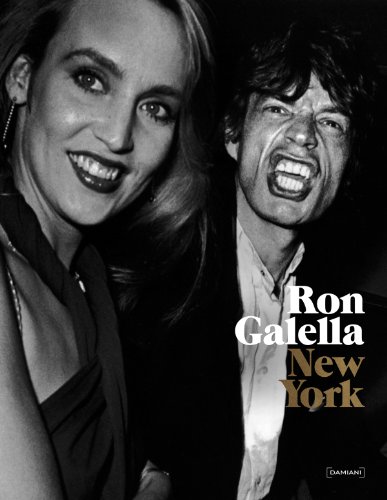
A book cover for Ron Galella: New York; William Van Meter; Arts & Photography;